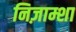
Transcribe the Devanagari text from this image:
निज़ाम्शा